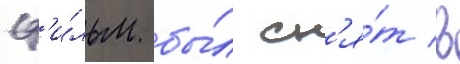
Ф'и́льм бы́л сн'я́т в